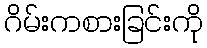
ဂိမ်းကစားခြင်းကို